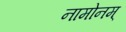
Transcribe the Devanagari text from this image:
नामोनम्